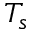
T _ { s }